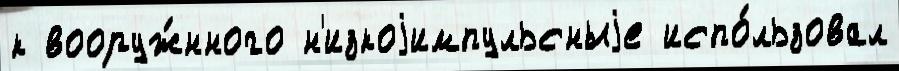
к вооруж́нного н'изкоjимпульсныjе испо́льзовал